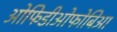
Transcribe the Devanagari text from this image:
ओफिडीओफोबिआ